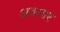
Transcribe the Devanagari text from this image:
अवसार